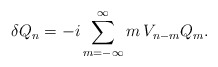
\begin{align*}\delta Q_n=- i\sum_{m=-\infty}^\infty m\,V_{n-m} Q_m.\end{align*}